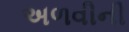
અળવીની